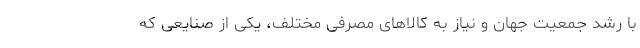
با رشد جمعیت جهان و نیاز به کالاهای مصرفی مختلف، یکی از صنایعی که